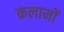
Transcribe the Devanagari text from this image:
कलामों